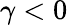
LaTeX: \gamma<0